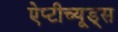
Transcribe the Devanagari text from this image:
ऐप्टीच्यूड्स